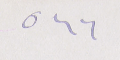
٥٦٦